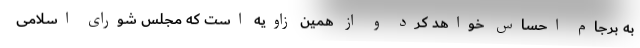
به برجام احساس خواهد کرد و از همین زاویه است که مجلس شورای اسلامی